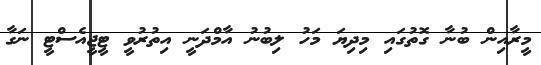
މީރާއިން ބުނާ ގޮތުގަައި މިދިޔަ މަހު ލިބުނު އާމްދަނީ އިތުރުވީ ޓީޖީއެސްޓީ ނަގާ